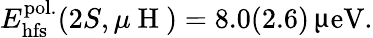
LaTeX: E_{\mathrm{hfs}}^{\mathrm{pol.}}(2S,\mu\mathrm{~H~})=8.0(2.6)\, \upmu\mathrm{eV}.